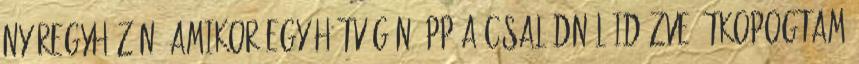
Nyíregyházán, amikor egy hétvégén épp a családnál időzve átkopogtam